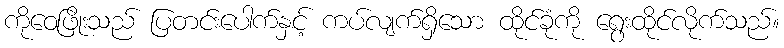
ကိုဝေဖြိုးသည် ပြတင်းပေါက်နှင့် ကပ်လျက်ရှိသော ထိုင်ခုံကို ရွေးထိုင်လိုက်သည်။